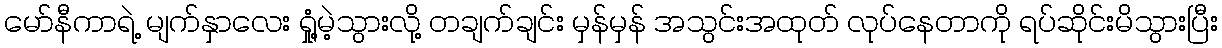
မော်နီကာရဲ့ မျက်နှာလေး ရှုံ့မဲ့သွားလို့ တချက်ချင်း မှန်မှန် အသွင်းအထုတ် လုပ်နေတာကို ရပ်ဆိုင်းမိသွားပြီး